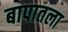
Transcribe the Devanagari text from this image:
बापातला